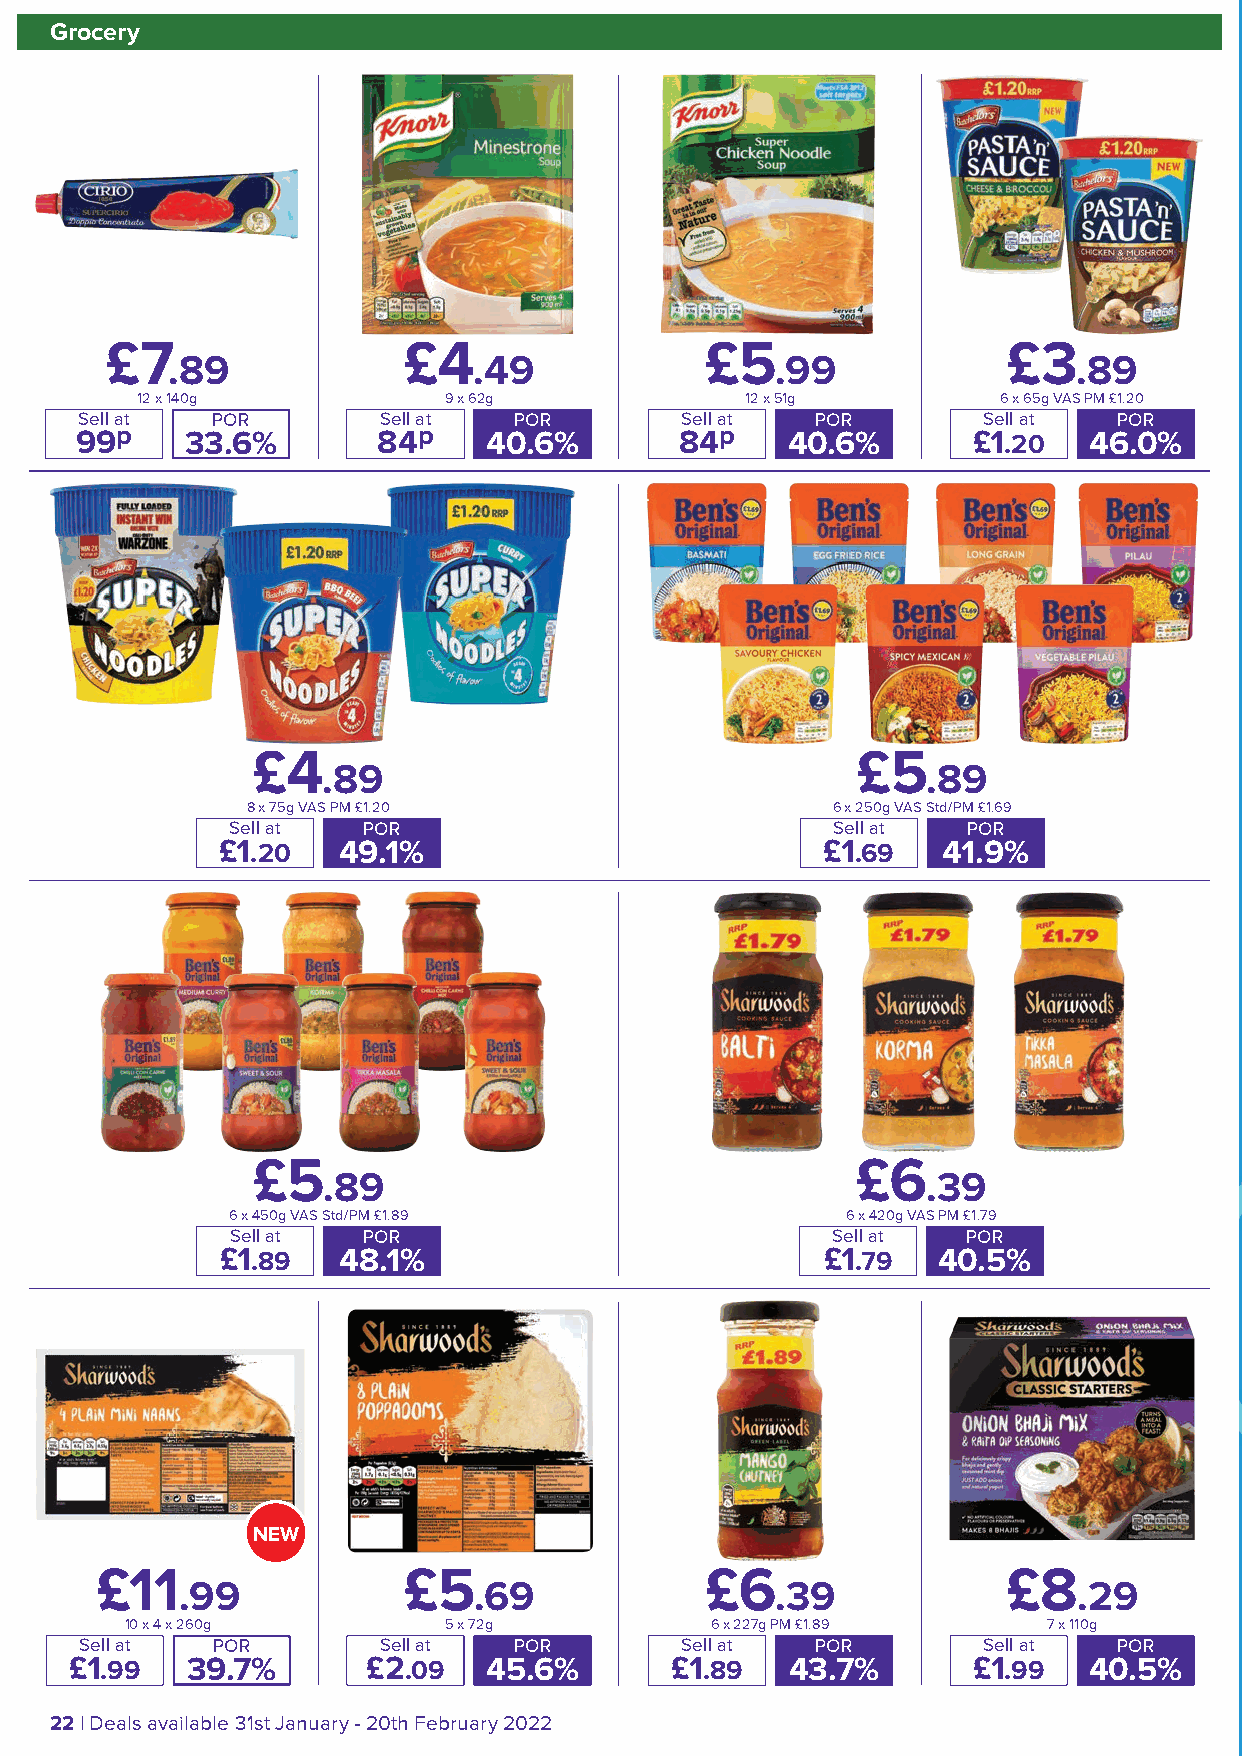
Grocery
 £7                  £4                  £5                  £3
 .89                 .49                 .99                 .89
 12 x 140g            9 x 62g            12 x 51g         6 x 65g VAS PM £1.20
 Sell at  POR        Sell at  POR        Sell at  POR        Sell at  POR
 99p    33.6%        84p    40.6%        84p    40.6%        £1.20  46.0%
 £4                                      £5
 .89                                     .89
 8 x 75g VAS PM £1.20                   6 x 250g VAS Std/PM £1.69
 Sell at  POR                            Sell at  POR
 £1.20   49.1%                           £1.69  41.9%
 £5                                      £6
 .89                                     .39
 6 x 450g VAS Std/PM £1.89                6 x 420g VAS PM £1.79
 Sell at  POR                            Sell at  POR
 £1.89   48.1%                           £1.79  40.5%
 NEW
 £11                  £5                  £6                  £8
 .99                .69                 .39                 .29
 10 x 4 x 260g         5 x 72g          6 x 227g PM £1.89     7 x 110g
 Sell at  POR        Sell at  POR        Sell at  POR        Sell at  POR
 £1.99  39.7%       £2.09   45.6%        £1.89  43.7%        £1.99  40.5%
 22 | Deals available 31st January - 20th February 2022